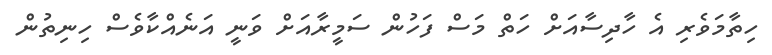
ހިތާމަވެރި އެ ހާދިސާއަށް ހަތް މަސް ފަހުން ސަމީރާއަށް ވަނީ އަނެއްކާވެސް ހިނިތުން